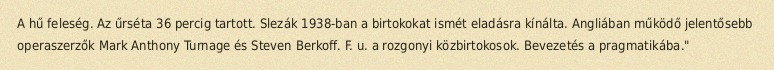
A hű feleség. Az űrséta 36 percig tartott. Slezák 1938-ban a birtokokat ismét eladásra kínálta. Angliában működő jelentősebb operaszerzők Mark Anthony Turnage és Steven Berkoff. F. u. a rozgonyi közbirtokosok. Bevezetés a pragmatikába."